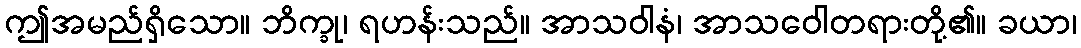
ဤအမည်ရှိသော။ ဘိက္ခု၊ ရဟန်းသည်။ အာသဝါနံ၊ အာသဝေါတရားတို့၏။ ခယာ၊